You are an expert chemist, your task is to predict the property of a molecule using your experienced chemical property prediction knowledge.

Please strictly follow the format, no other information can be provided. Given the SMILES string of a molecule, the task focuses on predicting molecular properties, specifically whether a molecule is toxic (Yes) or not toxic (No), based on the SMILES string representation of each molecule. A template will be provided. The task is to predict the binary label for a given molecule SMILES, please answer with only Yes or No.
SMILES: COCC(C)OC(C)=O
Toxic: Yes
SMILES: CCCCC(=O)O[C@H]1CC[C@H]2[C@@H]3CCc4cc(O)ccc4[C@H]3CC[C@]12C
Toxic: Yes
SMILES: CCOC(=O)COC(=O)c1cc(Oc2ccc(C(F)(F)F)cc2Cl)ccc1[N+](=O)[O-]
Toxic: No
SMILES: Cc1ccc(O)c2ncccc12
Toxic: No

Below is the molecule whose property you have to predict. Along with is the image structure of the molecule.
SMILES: CC(C)(C)NCC(O)c1cc(Cl)c(N)c(C(F)(F)F)c1
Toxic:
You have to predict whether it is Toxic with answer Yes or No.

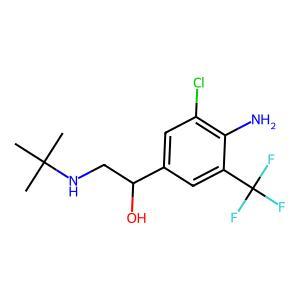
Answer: No